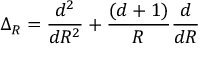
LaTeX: \Delta _ { R } = \frac { d ^ { 2 } } { d R ^ { 2 } } + \frac { ( d + 1 ) } { R } \frac { d } { d R }